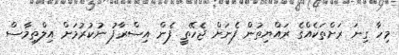
މިހާ ގިނަ ރަށްތަކެއްގެ ރައްޔިތުން ފެނަށް ޖެހޭތީ ފެން އިސްރާފު ނުކުރުމަށް އިލްތިމާސް